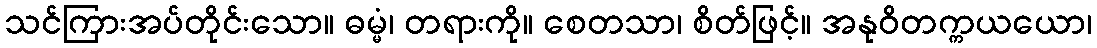
သင်ကြားအပ်တိုင်းသော။ ဓမ္မံ၊ တရားကို။ စေတသာ၊ စိတ်ဖြင့်။ အနုဝိတက္ကယယော၊